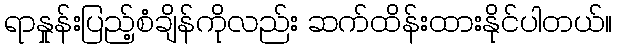
ရာနှုန်းပြည့်စံချိန်ကိုလည်း ဆက်ထိန်းထားနိုင်ပါတယ်။